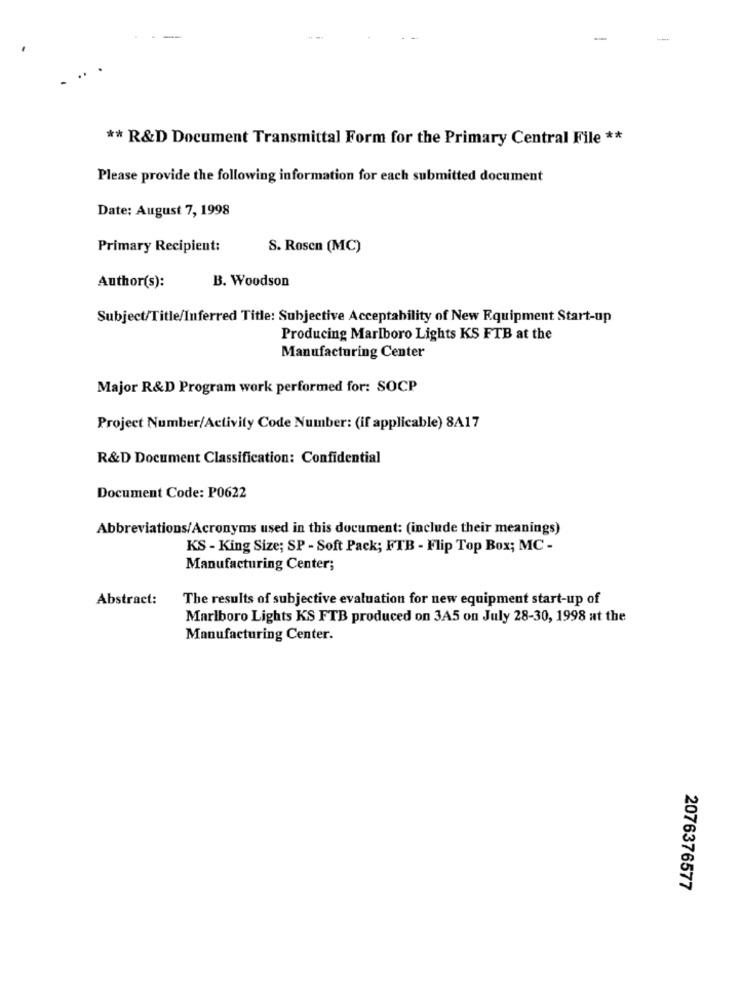
** R&D Document Transmittal Form for the Primary Central File **
Please provide the following information for each submitted document
Date: August 7, 1998
Primary Recipient:
S. Rosen (MC)
B. Woodson
Author(s):
Subject/Title/Inferred Title: Subjective Acceptability of New Equipment Start-up
Producing Marlboro Lights KS FTB at the
Manufacturing Center
Major R&D Program work performed for: SOCP
Project Number/Activity Code Number: (if applicable) 8A17
R&D Document Classification: Confidential
Document Code: P0622
Abbreviations/Acronyms used in this document: (include their meanings)
KS - King Size; SP - Soft Pack; FTB - Flip Top Box; MC -
Manufacturing Center;
Abstract:
The results of subjective evaluation for new equipment start-up of
Marlboro Lights KS FTB produced on 3A5 on July 28-30, 1998 at the
Manufacturing Center.
2076376577